Triennial report on the lunatic asylums in the province of Eastern Bengal and Assam - 1903-1911
Year: 1903
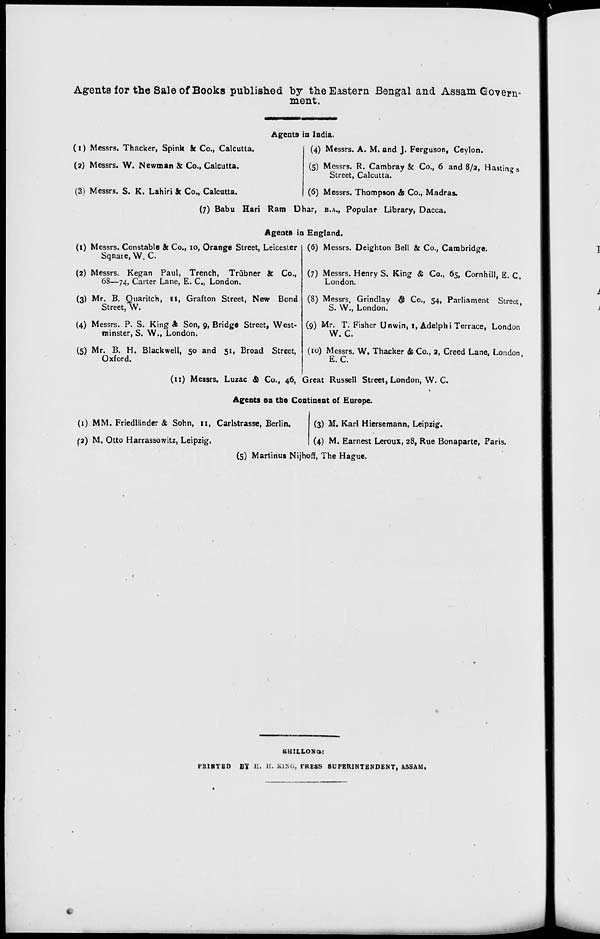
Agents for the Sale of Books published by the Eastern Bengal and Assam Govern-
ment.
Agents in India.
(1) Messrs. Thacker, Spink & Co., Calcutta.
(2) Messrs. W. Newman & Co., Calcutta.
(3) Messrs. S. K. Lahiri & Co., Calcutta.
(4) Messrs. A. M. and J. Ferguson, Ceylon.
(5) Messrs. R. Cambray & Co., 6 and 8/2, Hastings
Street, Calcutta.
(6) Messrs. Thompson & Co., Madras.
(7) Babu Hari Ram Dhar, B.A., Popular Library, Dacca.
Agents in England.
(1) Messrs. Constable & Co., 10, Orange Street, Leicester
Square, W. C.
(2) Messrs. Kegan Paul, Trench, Trübner & Co.,
68—74, Carter Lane, E. C, London.
(3) Mr. B. Quaritch, 11, Grafton Street, New Bond
Street, W.
(4) Messrs. P. S. King & Son, 9, Bridge Street, West-
minster, S. W., London.
(5) Mr. B. H. Blackwell, 50 and 51, Broad Street,
Oxford.
(6) Messrs. Deighton Bell & Co., Cambridge.
(7) Messrs. Henry S. King & Co., 65, Cornhill, E. C.
London.
(8) Messrs. Grindlay & Co., 54, Parliament Street,
S. W., London.
(9) Mr. T. Fisher Unwin, 1, Adelphi Terrace, London
W. C.
(10) Messrs. W. Thacker & Co., 2, Creed Lane, London,
E.C.
(11) Messrs. Luzac & Co., 46, Great Russell Street, London, W. C.
Agents on the Continent of Europe.
(1) MM. Friedländer & Sohn, 11, Carlstrasse, Berlin.
(2) M. Otto Harrassowitz, Leipzig.
(3) M. Karl Hiersemann, Leipzig.
(4) M. Earnest Leroux, 28, Rue Bonaparte, Paris.
(5) Martinus Nijhoff, The Hague.
SHILLONG:
PRINTED BY H. H. KING, PRESS SUPERINTENDENT, ASSAM.